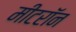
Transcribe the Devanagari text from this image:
मीटरॉन